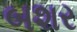
બશર